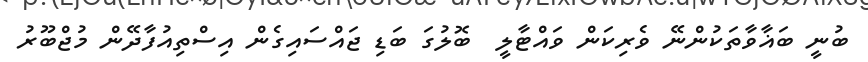
ބުނީ ބަޣާވާތަކުންނޭ ވެރިކަން ވައްޓާލީ  ބޮލުގަ ބަޑި ޖައްސައިގެން އިސްތިއުފާދޭން މުޖްބޫރު